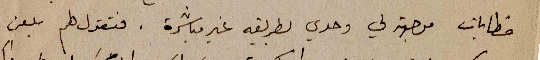
خطابات موجهة لي وحدي بطريقه غير مباشرة. فتقول له يلعن